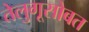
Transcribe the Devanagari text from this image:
तेलुगूसोबत